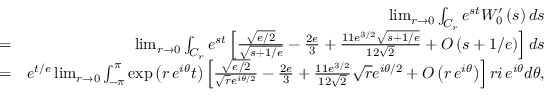
\begin{array} { r l r } & { } & { \operatorname* { l i m } _ { r \rightarrow 0 } \int _ { C _ { r } } e ^ { s t } W _ { 0 } ^ { \prime } \left( s \right) d s } \\ & { = } & { \operatorname* { l i m } _ { r \rightarrow 0 } \int _ { C _ { r } } e ^ { s t } \left[ \frac { \sqrt { e / 2 } } { \sqrt { s + 1 / e } } - \frac { 2 e } { 3 } + \frac { 1 1 e ^ { 3 / 2 } \sqrt { s + 1 / e } } { 1 2 \sqrt { 2 } } + O \left( s + 1 / e \right) \right] d s } \\ & { = } & { e ^ { t / e } \operatorname* { l i m } _ { r \rightarrow 0 } \int _ { - \pi } ^ { \pi } \exp \left( r \, e ^ { i \theta } t \right) \left[ \frac { \sqrt { e / 2 } } { \sqrt { r } e ^ { i \theta / 2 } } - \frac { 2 e } { 3 } + \frac { 1 1 e ^ { 3 / 2 } } { 1 2 \sqrt { 2 } } \sqrt { r } e ^ { i \theta / 2 } + O \left( r \, e ^ { i \theta } \right) \right] r i \, e ^ { i \theta } d \theta , } \end{array}